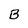
Character: B